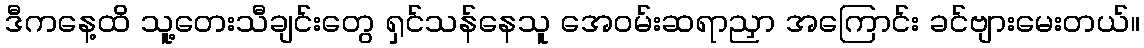
ဒီကနေ့ထိ သူ့တေးသီချင်းတွေ ရှင်သန်နေသူ အေဝမ်းဆရာညှာ အကြောင်း ခင်ဗျားမေးတယ်။